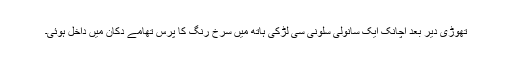
تھوڑی دیر بعد اچانک ایک سانولی سلونی سی لڑکی ہاتھ میں سرخ رنگ کا پرس تھامے دکان میں داخل ہوئی۔